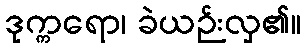
ဒုက္ကရော၊ ခဲယဉ်းလှ၏။